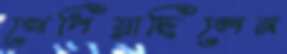
খেপিয়াছিলেন